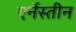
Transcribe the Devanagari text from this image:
एर्नेस्तीन